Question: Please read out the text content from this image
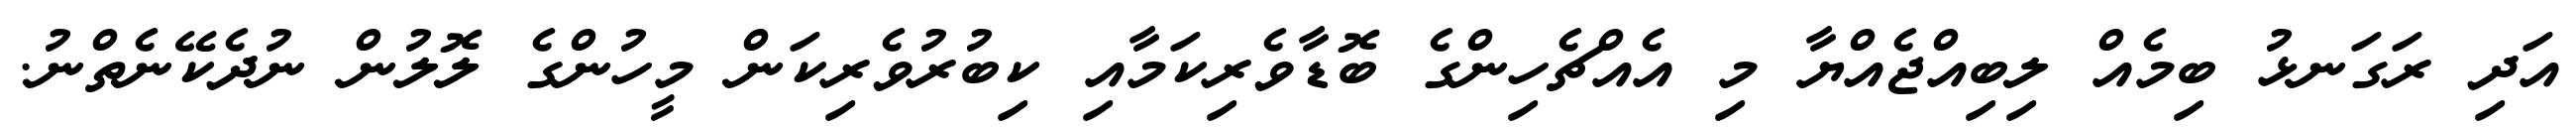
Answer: އަދި ރަގަނޅު ބިމެއް ލިބިއްޖެއްޔާ މި އެއްޗެހިންގެ ބޮޑާވެރިކަމާއި ކިބުރުވެރިކަން މީހުންގެ ލޮލުން ނުދެކޭނެތްނު.